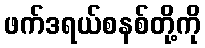
ဖက်ဒရယ်စနစ်တို့ကို